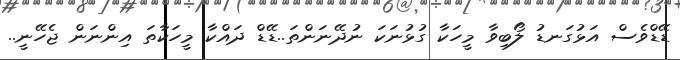
ޑޭޑްވެސް އަޅުގަނޑު ލޯބިވާ މީހަކާ ގުޅުނަކަ ނުދޭނަންތަ..ޑޭޑް ދައްކާ މީހަކާތަ އިންނަން ޖެހޭނީ..